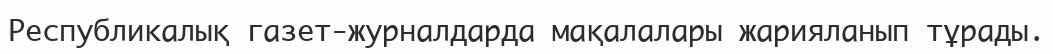
Республикалық газет-журналдарда мақалалары жарияланып тұрады.